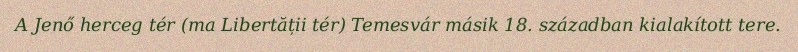
A Jenő herceg tér (ma Libertății tér) Temesvár másik 18. században kialakított tere.